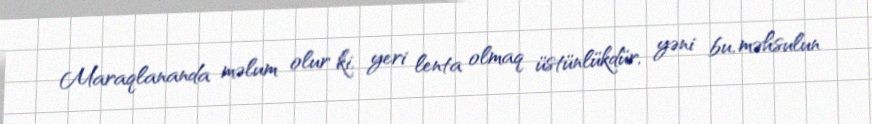
Maraqlananda məlum olur ki, yeri lenta olmaq üstünlükdür, yəni bu, məhsulun